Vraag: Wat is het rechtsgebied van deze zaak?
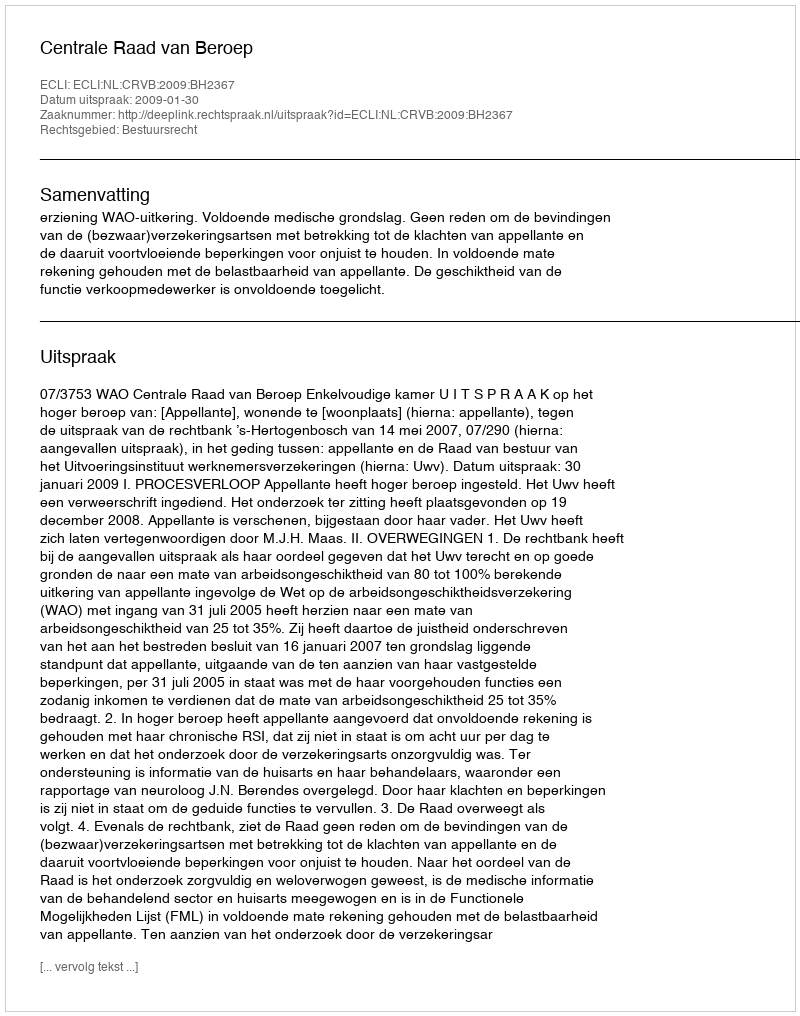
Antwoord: Bestuursrecht